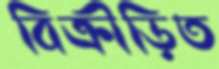
বিক্রীড়িত